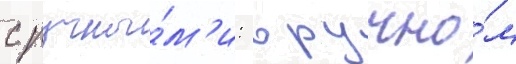
с ручны́м'и: в ручно́м